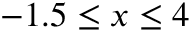
- 1 . 5 \leq x \leq 4